system: You are a helpful assistant.
user:
Analyze the provided spectrum to determine if it is a **M-type Giant (gM)**.

A M-type Giant spectrum is defined by its **strong molecular absorption** features, particularly from **Titanium Oxide (TiO)**. You must check for one of the following mutually exclusive signatures:

- **Key Visual Indicators (Absorption-Dominated Spectrum):**

    - **(Primary):** The spectrum is dominated by strong molecular absorption from **Titanium Oxide (TiO)**. This is the **defining feature** of its M-type temperature class.
        - **(Key Bandheads):** Look for sharp, "saw-tooth" absorption valleys. The strongest are located near **~7050 Å**, **~6160 Å**, and **~5170 Å**.
        - **(Line Profile):** The "saw-tooth" morphology is critical: a **sharp, steep drop on the BLUE (short-wavelength) side** of the bandhead, followed by a gradual recovery (rising flux) towards the RED (long-wavelength) side.

    - **(Key Confirmation - Giant vs. Dwarf):** **ABSENCE** of strong **Calcium Hydride (CaH)** molecular bands. This is the primary diagnostic for *excluding* M-dwarfs.
        - **(Key Region):** The spectrum should lack the strong, broad absorption band seen in dwarfs between **~6800 Å and ~7000 Å**.

    - **(Secondary Confirmation - Giant):** A very strong and broad **Neutral Calcium (Ca I)** atomic absorption line.
        - **(Key Line):** Located at **~4226 Å**. In a giant (gM), this line is significantly deeper and broader than the same line in an M-dwarf (dM) due to low surface gravity.

    - **(Overall Spectrum):**
        - The continuum is **extremely red-sloping** (i.e., flux is very low in the blue and rises dramatically towards the red).
        - The entire spectrum appears "chopped up" by the deep TiO bands.

Think first, call **spectral_visualization_tool** if needed to examine features in detail, then provide your final answer. Your response must adhere to the following strict rules:
1.  **Overall Structure:** Your response must follow the format `<think>...</think> <tool_call>...</tool_call> (if a tool is used) <answer>...</answer>`.
2.  **Tool Usage Constraint:** You may only make **one** tool call per turn.
3.  **Final Answer Format:** In the `<answer>` tag, your conclusion must be inside a `\boxed{}` command (e.g., `\boxed{YES}` or `\boxed{NO}`), followed by your justification.

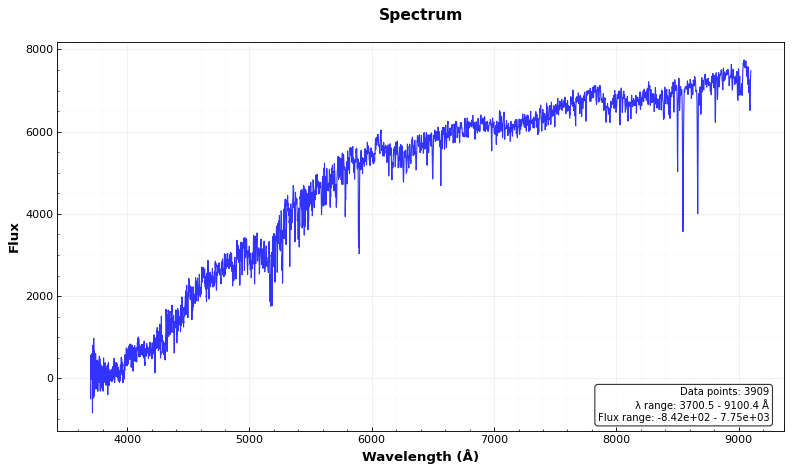
Answer: NO